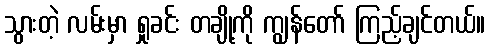
သွားတဲ့ လမ်းမှာ ရှုခင်း တချို့ကို ကျွန်တော် ကြည့်ချင်တယ်။